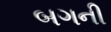
બગની